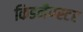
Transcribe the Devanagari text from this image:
किडनैप्प्स्टर